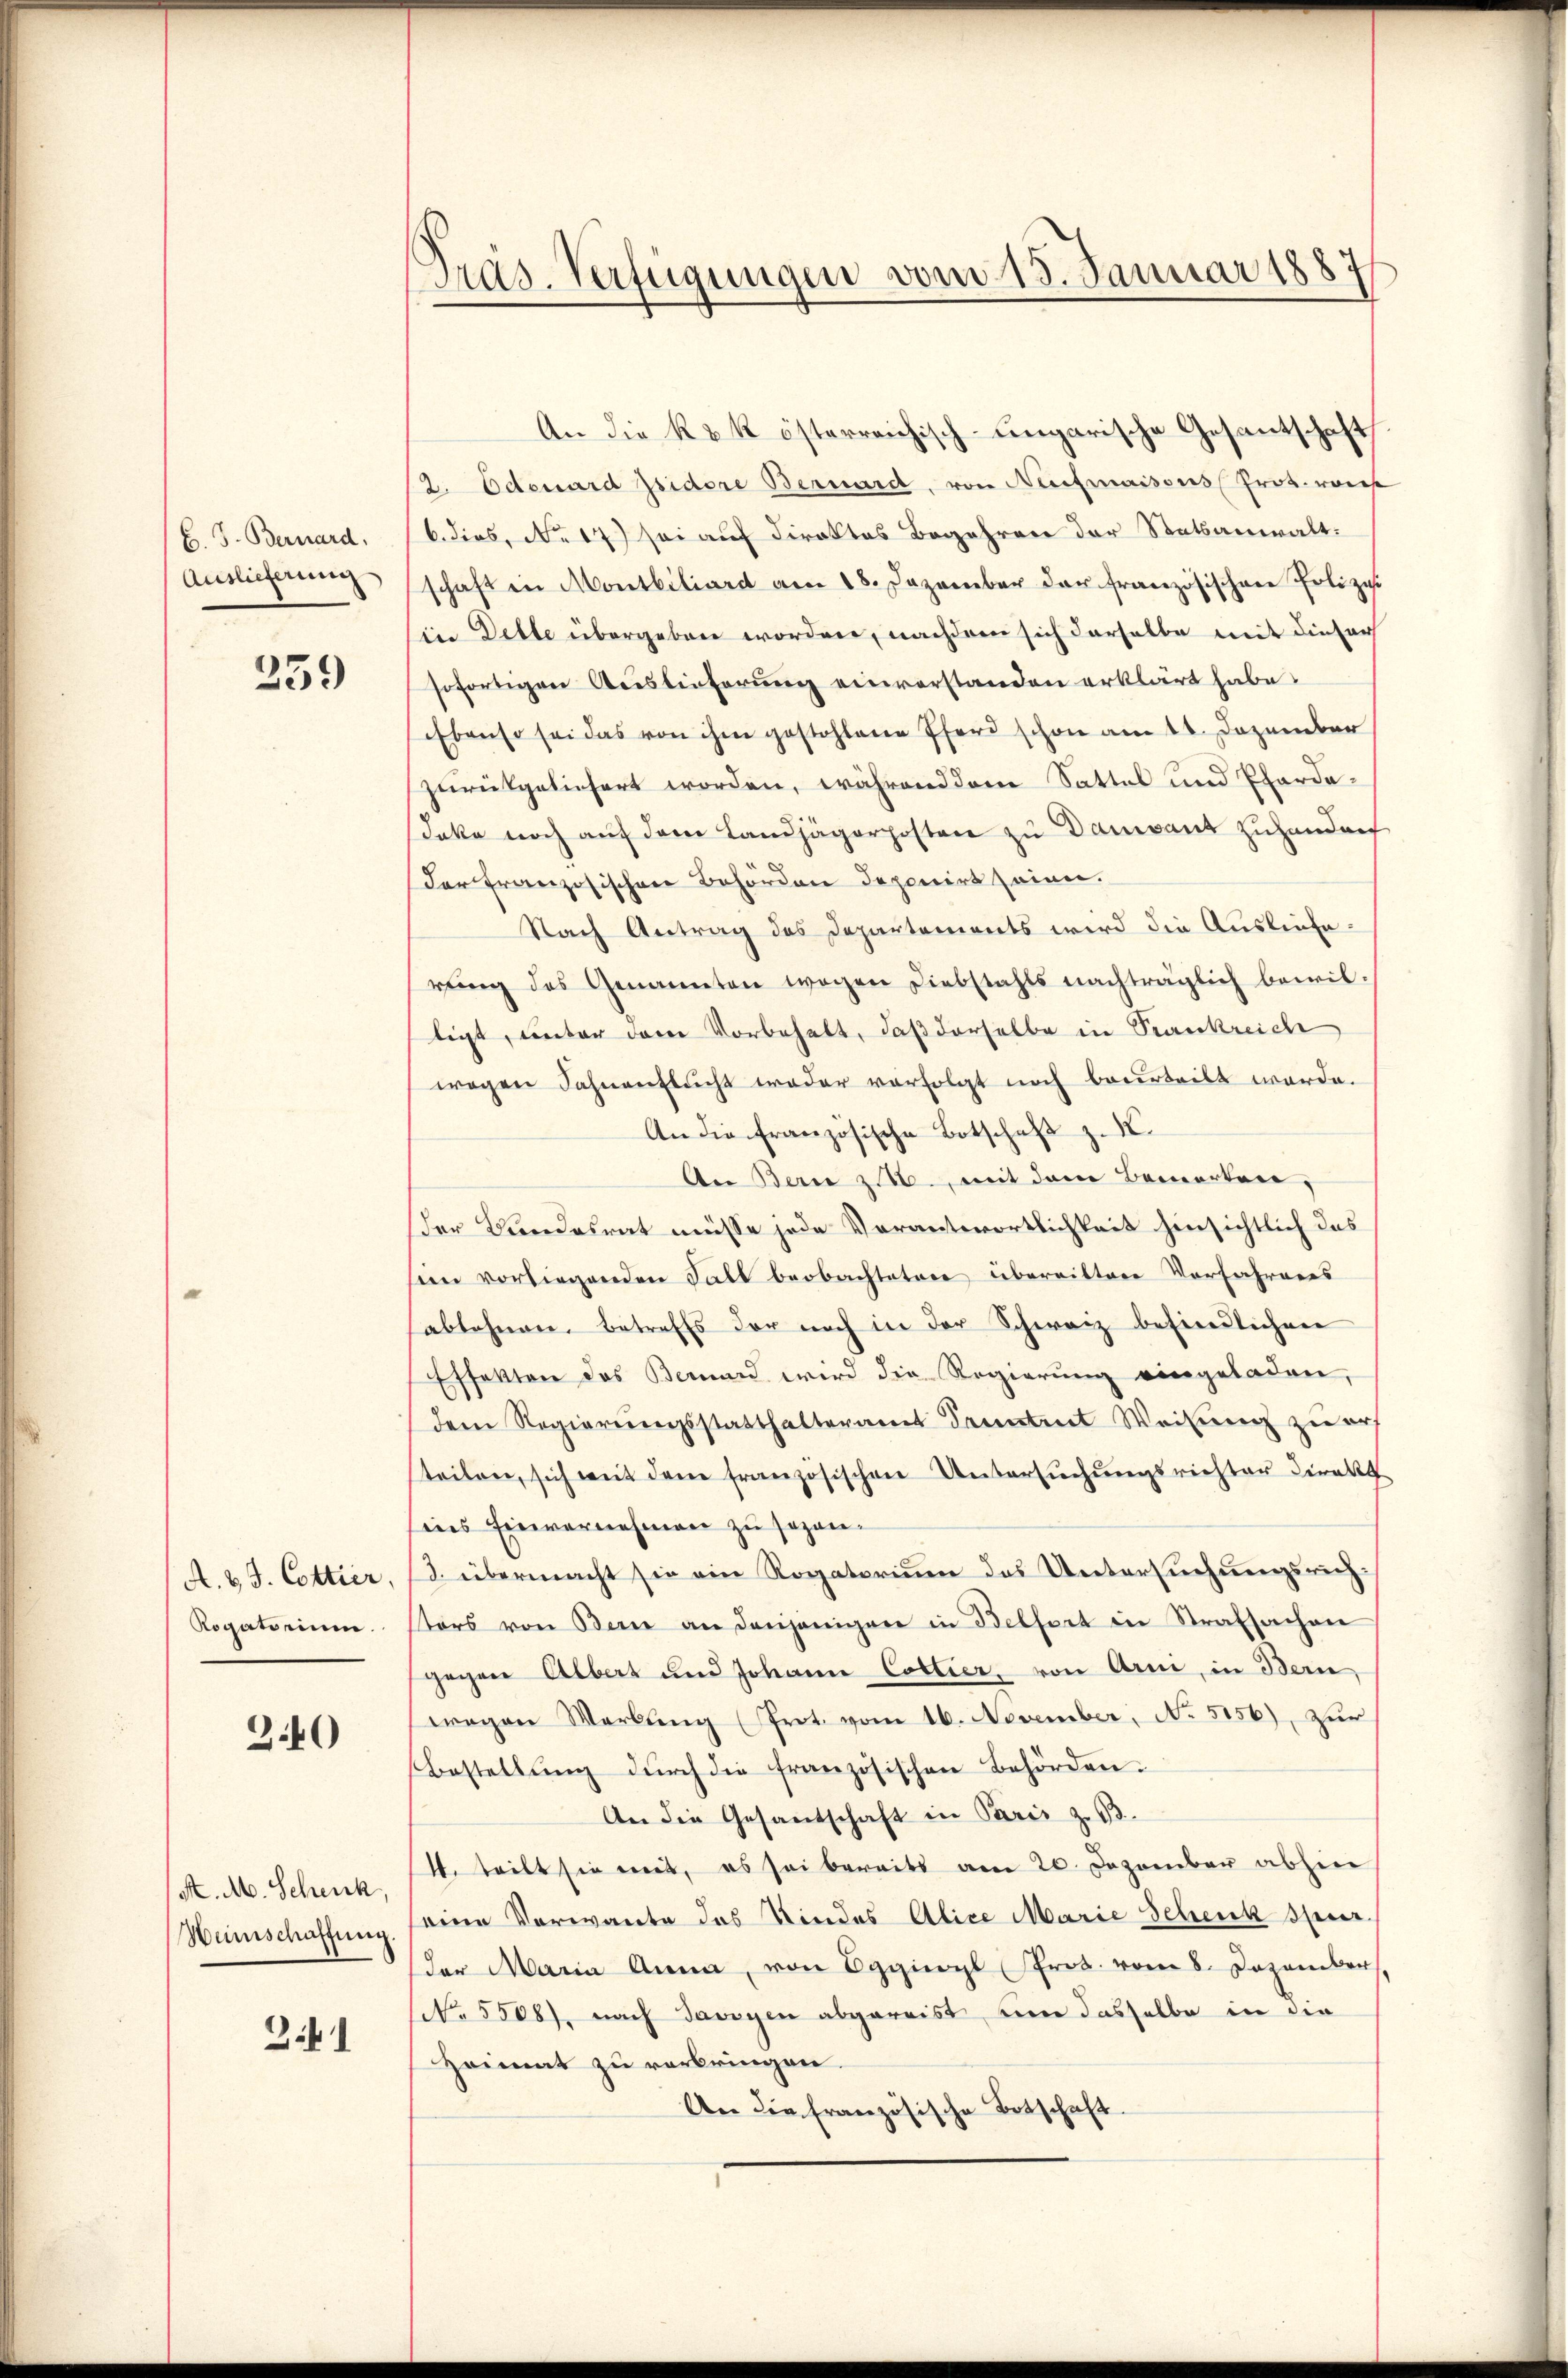
C. J. Bernard.
Auslieferung

259

A. v. J. Cottier.
Rogatorium.

3.40

M. M. Schenk
Henschaffung.

341

Pras. Verfügungen vom 15. Januar 1887

An die k. k. österreichisch-ungarische Gesantschaft
2. Odenard Isidore Bernard, von Neumaisons Prot. vork
6. dies, No 17 sei auf direktes Begehren der Statsanwalt.
schaft in Montbiliard am 18. Dezember der französischen Polize
in Dette übergeben worden, nachdem sich derselbe mit dieser
sofortigen Auslieferung einverstanden erklärt habe.
Ebenso sei das von ihm gestohlene Pferd schon am 11. Dezember
zurückgeliefert worden, während den Sattel und Pferdedaka noch auf dem Landjägerposten zu Danvant zuhanderf
Der französischen Behörden deponirt seien.
Nach Antrag des Departements wird die Auslieferŭng des Genannten wegen Diebstahls nachträglich bewil-
ligt, unter dem Vorbehalt, daß derselbe in Krankreich
wegen Fahnenflucht weder vorfolgt noch berurteilt werde.
An die französische Botschaft z. B.
An Bern z. B., mit dem Bemerken,
der Bundesrat müsse jede Verantwortlichkeit hinsichtlich das
im vorliegenden Fall beobachteten überrittene Verfahrners
ablehnen betreffs der noch in der Schweiz befindlichen
Effekten das Bernard wird die Regierung eingeladen,
dem Regierungsstatthalteramt Sonntent Weisung zu auf
teilen, sich mit dem französischen Untersŭchŭngsrichter Direkt
ins Einvernehmen zu sezan¬
3. übermacht sie ein Rogatorium das Untersuchungsrichsters von Bern an denjenigen in Belfort in Strafsachen
gegen Albert und Johann Cottier, von Arm, in Bern
wegen Werbung (Prot. vom 16. November, No 5156), zur
Bestellŭng dŭrch die französischen Behörden.
An die Gesandschaft in Paris z. 13.
4. teilt sie mit, es sei bereits am 20. Dezember abhin
seine Verwante des Kindes Alice Marie Schenk stier
der Maria Anna, von Eggiogl (Prot. vom 8. Dezember,
NNo. 5508), nach Savoyen abgereist um dasselbe in die
Heimat zu verbringen.
An die französische Botschaft.